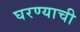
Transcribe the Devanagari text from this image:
घरण्याची